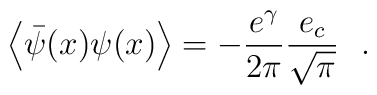
\left< \bar\psi(x)\psi(x)\right>=-\frac{e^\gamma}{2\pi}\frac{e_c}{\sqrt{\pi}}~~.